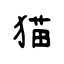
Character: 猫